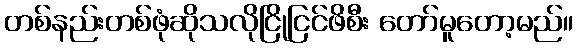
တစ်နည်းတစ်ဖုံဆိုသလိုငြိုငြင်ဖိစီး တော်မူတော့မည်။